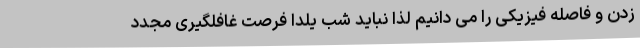
زدن و فاصله فیزیکی را می دانیم لذا نباید شب یلدا فرصت غافلگیری مجدد